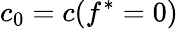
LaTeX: c_{0}=c(f^{*}=0)